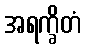
အရက္ခိတံ